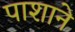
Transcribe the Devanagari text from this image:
पाशाने